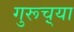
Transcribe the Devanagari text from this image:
गुरूच़्या